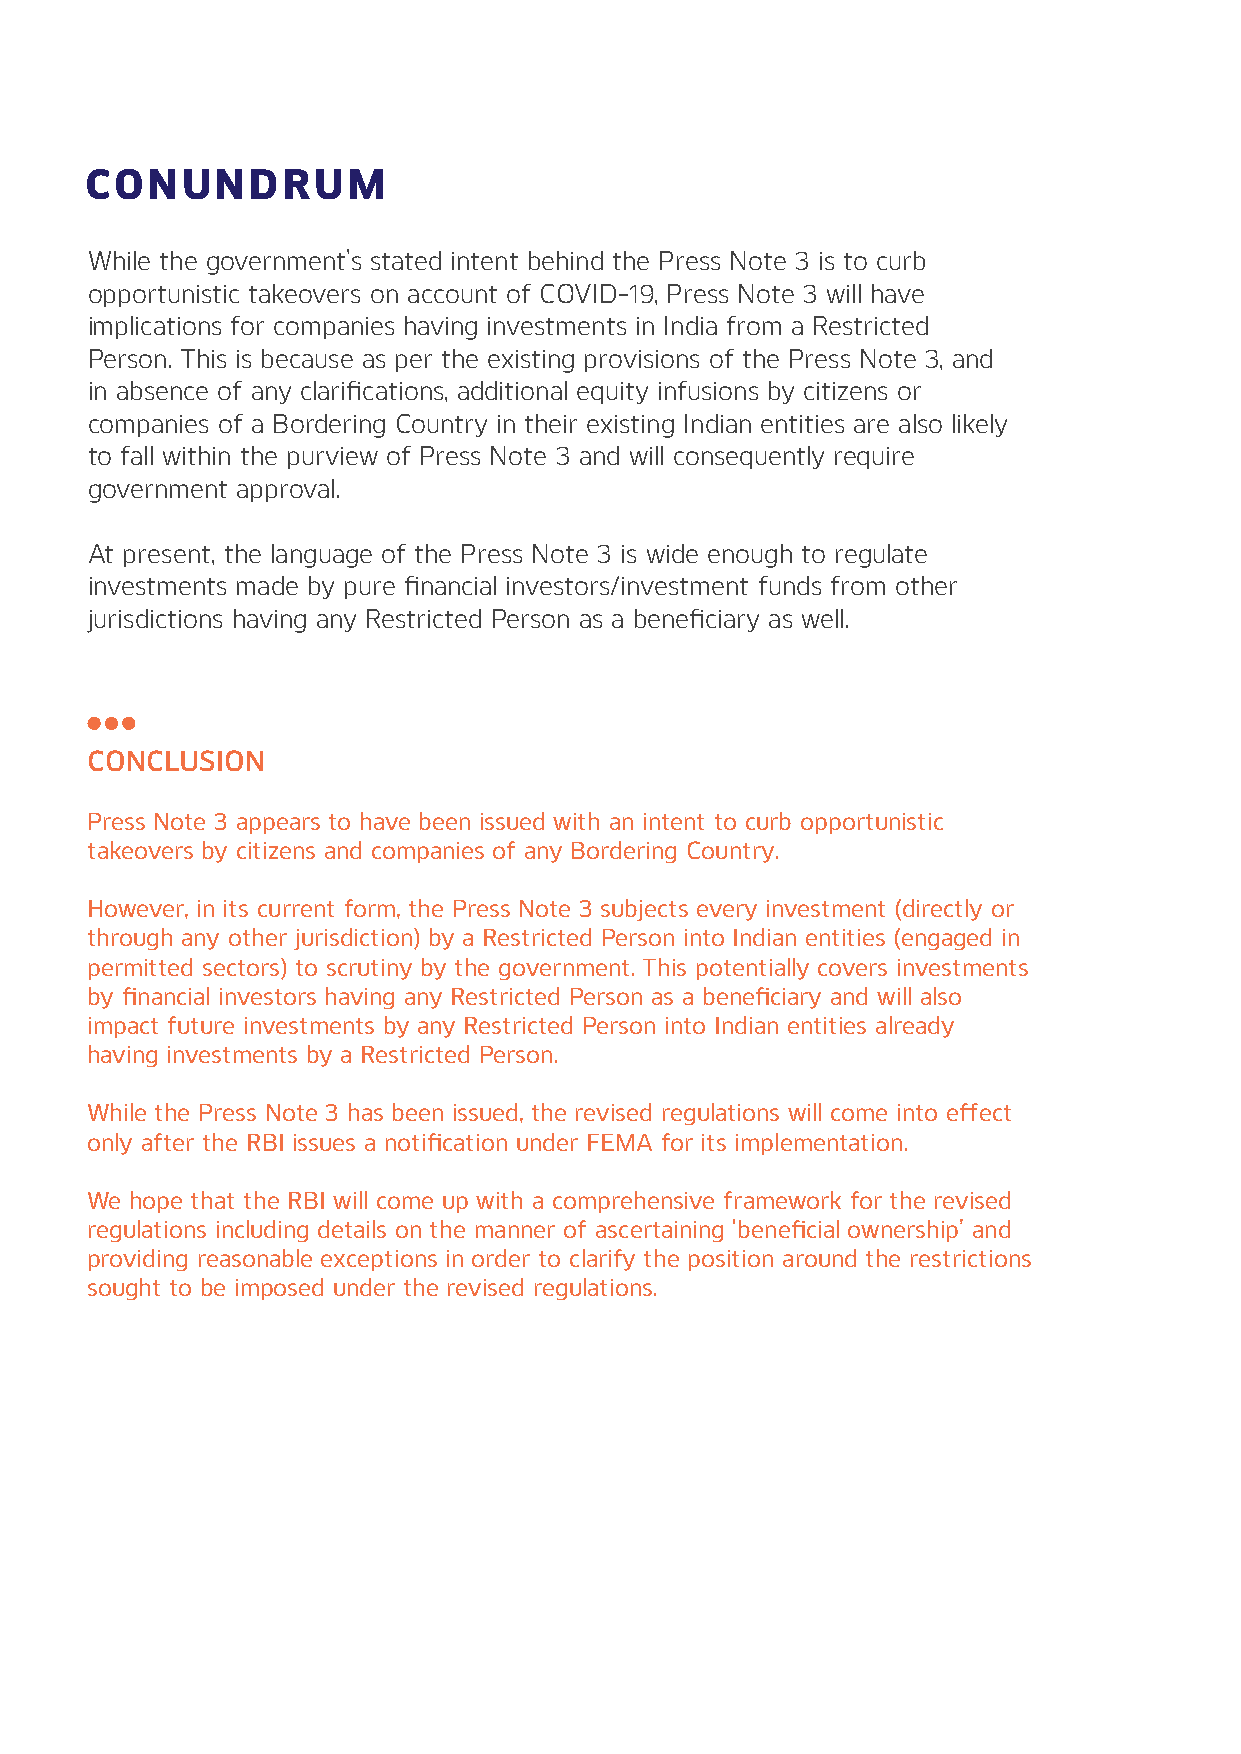
CONUNDRUM
 While the government’s stated intent behind the Press Note 3 is to curb
 opportunistic takeovers on account of COVID-19, Press Note 3 will have
 implications for companies having investments in India from a Restricted
 Person. This is because as per the existing provisions of the Press Note 3, and
 in absence of any clarifications, additional equity infusions by citizens or
 companies of a Bordering Country in their existing Indian entities are also likely
 to fall within the purview of Press Note 3 and will consequently require
 government approval.
 At present, the language of the Press Note 3 is wide enough to regulate
 investments made by pure financial investors/investment funds from other
 jurisdictions having any Restricted Person as a beneficiary as well.
 CONCLUSION
 Press Note 3 appears to have been issued with an intent to curb opportunistic
 takeovers by citizens and companies of any Bordering Country.
 However, in its current form, the Press Note 3 subjects every investment (directly or
 through any other jurisdiction) by a Restricted Person into Indian entities (engaged in
 permitted sectors) to scrutiny by the government. This potentially covers investments
 by financial investors having any Restricted Person as a beneficiary and will also
 impact future investments by any Restricted Person into Indian entities already
 having investments by a Restricted Person.
 While the Press Note 3 has been issued, the revised regulations will come into effect
 only after the RBI issues a notification under FEMA for its implementation.
 We hope that the RBI will come up with a comprehensive framework for the revised
 regulations including details on the manner of ascertaining ‘beneficial ownership’ and
 providing reasonable exceptions in order to clarify the position around the restrictions
 sought to be imposed under the revised regulations.